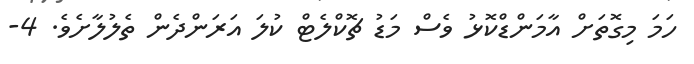
ހަމަ މިގޮތަށް އާމަންޑްކޮޅު ވެސް މަޑު ޗޮކްލެޓް ކުލަ އަރަންދެން ތެލުލާށެވެ. 4-